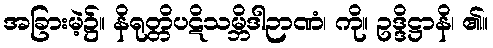
အခြားမဲ့၌။ နိရုတ္တိပဋိသမ္ဘိဒါဉာဏံ၊ ကို။ ဥဒ္ဒိဋ္ဌာနိ၊ ၏။